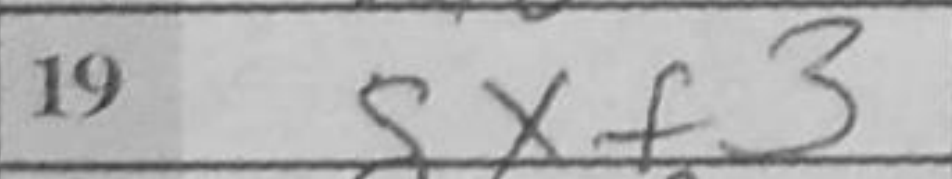
Transcription: gxf3